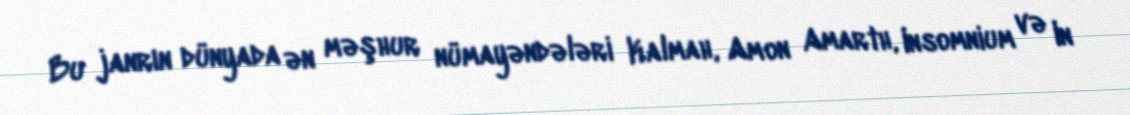
Bu janrın dünyada ən məşhur nümayəndələri Kalmah, Amon Amarth, Insomnium və In